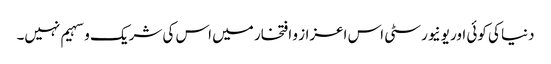
دنیا کی کوئی اور یونیورسٹی اس اعزاز و افتخار میں اس کی شریک و سہیم نہیں۔